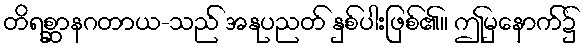
တိရစ္ဆာနဂတာယ-သည် အနုပညတ် နှစ်ပါးဖြစ်၏။ ဤမှနောက်၌